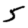
Digit: 5